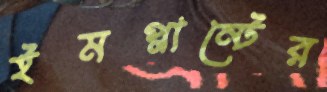
ইমপ্লান্টের